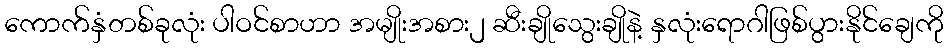
ကောက်နှံတစ်ခုလုံး ပါဝင်စာဟာ အမျိုးအစား၂ ဆီးချိုသွေးချိုနဲ့ နှလုံးရောဂါဖြစ်ပွားနိုင်ချေကို